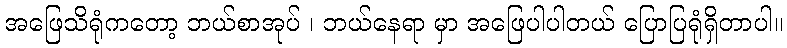
အဖြေသိရုံကတော့ ဘယ်စာအုပ် ၊ ဘယ်နေရာ မှာ အဖြေပါပါတယ် ပြောပြရုံရှိတာပါ။